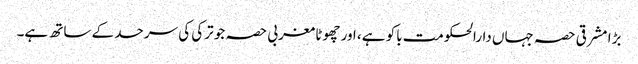
بڑا مشرقی حصہ جہاں دارالحکومت باکو ہے، اور چھوٹا مغربی حصہ جو ترکی کی سرحد کے ساتھ ہے۔